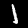
Label: 1